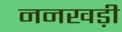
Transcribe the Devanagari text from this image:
ननखड़ी